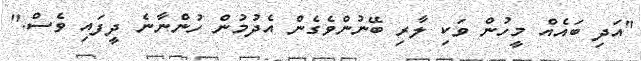
"އަދި ބައެއް މީހުން ވަކި ލާރި ބޭނުންވެގެން އެދުމުން ހުންނާނެ ދީފައި ވެސް."